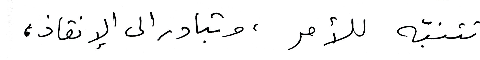
تتنبّه للأمر، وتبادر الى الإنقاذ،